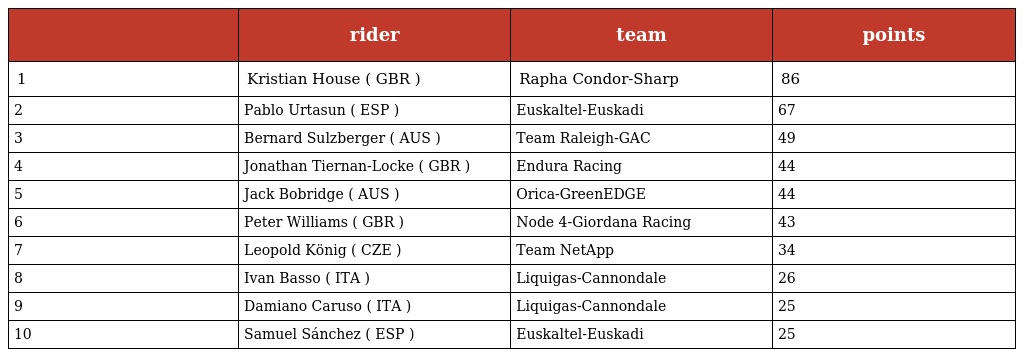
|  | rider | team | points |
 | --- | --- | --- | --- |
 | 1 | Kristian House ( GBR ) | Rapha Condor-Sharp | 86 |
 | 2 | Pablo Urtasun ( ESP ) | Euskaltel-Euskadi | 67 |
 | 3 | Bernard Sulzberger ( AUS ) | Team Raleigh-GAC | 49 |
 | 4 | Jonathan Tiernan-Locke ( GBR ) | Endura Racing | 44 |
 | 5 | Jack Bobridge ( AUS ) | Orica-GreenEDGE | 44 |
 | 6 | Peter Williams ( GBR ) | Node 4-Giordana Racing | 43 |
 | 7 | Leopold König ( CZE ) | Team NetApp | 34 |
 | 8 | Ivan Basso ( ITA ) | Liquigas-Cannondale | 26 |
 | 9 | Damiano Caruso ( ITA ) | Liquigas-Cannondale | 25 |
 | 10 | Samuel Sánchez ( ESP ) | Euskaltel-Euskadi | 25 |